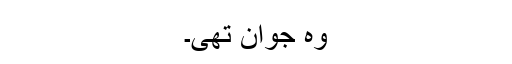
وہ جوان تھی۔